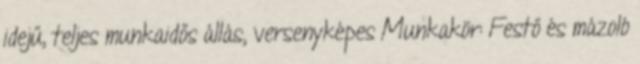
idejű, teljes munkaidős állás, versenyképes Munkakör: Festő és mázoló